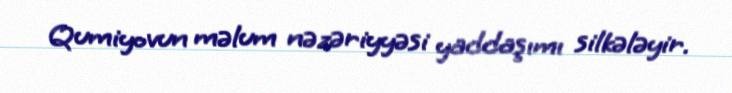
Qumiyovun məlum nəzəriyyəsi yaddaşımı silkələyir.